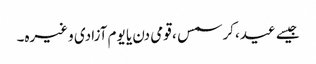
جیسے عید، کرسمس ، قومی دن یا یوم آزادی وغیرہ۔